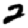
Digit: 2